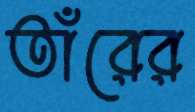
তাঁরের